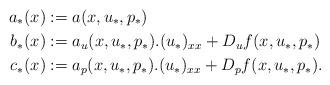
LaTeX: \begin{align*} a_*(x)&:=a(x,u_*,p_*)\\ b_*(x)&:=a_u(x,u_*,p_*).(u_*)_{xx}+D_uf(x,u_*,p_*)\\ c_*(x)&:=a_p(x,u_*,p_*).(u_*)_{xx}+D_pf(x,u_*,p_*).\end{align*}